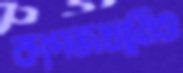
কাগজখানিও